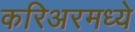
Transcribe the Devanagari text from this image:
करिअरमध्ये